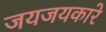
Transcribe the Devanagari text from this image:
जयजयकारे